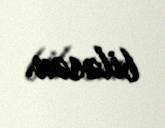
biləsən.